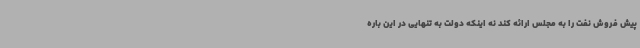
پیش فروش نفت را به مجلس ارائه کند نه اینکه دولت به تنهایی در این باره